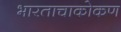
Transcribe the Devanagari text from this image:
भारताचाकोकण